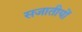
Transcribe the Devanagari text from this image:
सजातीयों